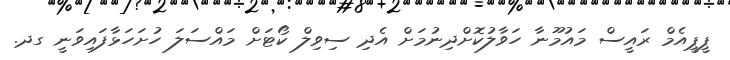
ޕީޕީއެމް ރައީސް މައުމޫނާ ހަވާލުކޮށްދިނުމަށް އެދި ސިވިލް ކޯޓަށް މައްސަލަ ހުށަހަޅާފައިވަނީ ގދ.